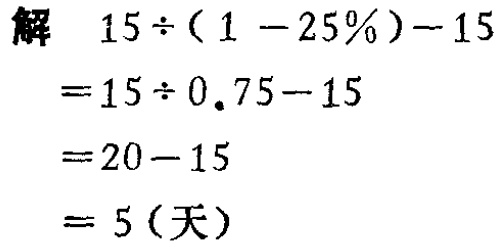
解

\[

\begin{align*}

&15\div(1 - 25\%)-15\\

=&15\div0.75 - 15\\

=&20 - 15\\

=&5(\text{天})

\end{align*}

\]